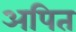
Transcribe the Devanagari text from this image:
अपित